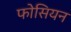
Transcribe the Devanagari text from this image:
फोसियन